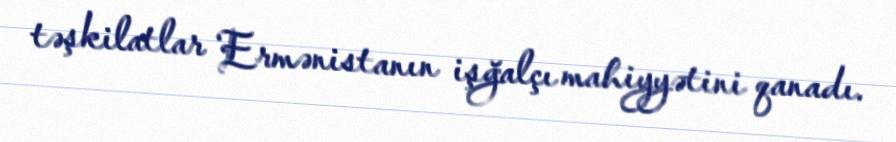
təşkilatlar Ermənistanın işğalçı mahiyyətini qanadı.